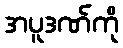
အပူဒဏ်ကို